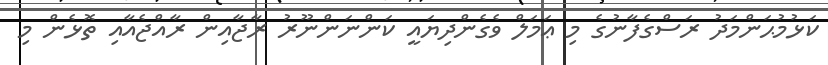
ކަޅުމުޙަންމަދު ރަސްގެފާނުގެ މި ޢަމަލް ވެގެންދިޔައީ ކަންނަންނޫރު ރާޖާއިން ރާއްޖެއާއި ތޮޅެން މި